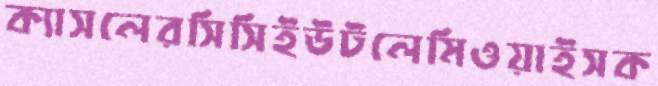
ক্যাসলেরসিসিইউটলেমিওয়াইসক